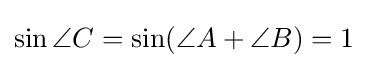
\sin {\angle {C}}=\sin(\angle {A}+\angle {B})=1